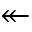
\twoheadleftarrow